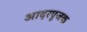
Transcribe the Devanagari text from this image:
आदरपूजक